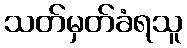
သတ်မှတ်ခံရသူ